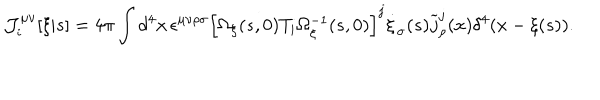
{ \cal J } _ { i } ^ { \mu \nu } [ \xi | s ] = 4 \pi \int d ^ { 4 } x \, \epsilon ^ { \mu \nu \rho \sigma } \left[ \Omega _ { \xi } ( s , 0 ) T _ { i } \Omega _ { \xi } ^ { - 1 } ( s , 0 ) \right] ^ { j } \dot { \xi } _ { \sigma } ( s ) \widetilde { j } _ { \rho } ^ { j } ( x ) \delta ^ { 4 } ( x - \xi ( s ) ) .